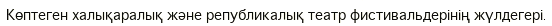
Көптеген халықаралық және републикалық театр фистивальдерінің жүлдегері.